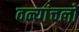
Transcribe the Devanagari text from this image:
वन्यांचलों